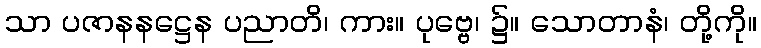
သာ ပဇာနနဋ္ဌေန ပညာတိ၊ ကား။ ပုဗ္ဗေ၊ ၌။ သောတာနံ၊ တို့ကို။